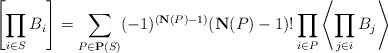
\begin{align*}\left[\prod_{i\in S}B_i\right]=\sum_{P\in\mathbf{P}(S)}(-1)^{(\mathbf {N}(P)-1)}(\mathbf{N}(P)-1)!\prod_{i\in P}\left\langle \prod_{j\in i}B_j\right\rangle\end{align*}